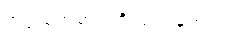
အရွယ်အစား ကို သတ်မှတ်ပါ။